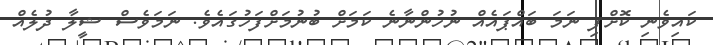
ކައިވެނި ކޮށްފި ނަމަ ބައްޕައެއް ނުހުންނާނެ ކަމަށް ބުނުމަށްފަހުގައެވެ. ނަމަވެސް ޝީލާ ދުލެއް